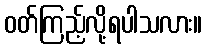
ဝတ်ကြည့်လို့ရပါသလား။